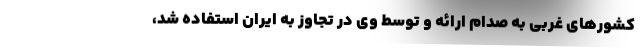
کشورهای غربی به صدام ارائه و توسط وی در تجاوز به ایران استفاده شد،